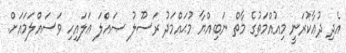
އެދި ދުޢާކުރަނީ މިއުއްމަތުގެ މާތް ނަބިއްޔާ މުޙައްމަދު ރަސޫލު ޞައްލަ ޢަލައިހި ވަސައްލަމައަށް.